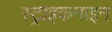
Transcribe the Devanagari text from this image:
स्ट्राइकनाइन